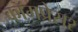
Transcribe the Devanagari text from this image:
कॉमप्रेसर